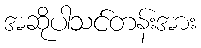
အဆိုပါသင်တန်းအား